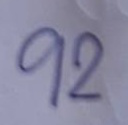
92